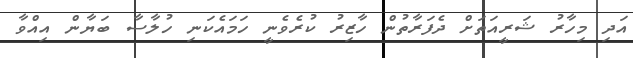
އަދި މިހާރު ޝަރީއަތަށްް ދެފަރާތުން ހާޒިރު ކުރެވެނީ ހަމައެކަނި ހުލާސާ ބަޔާން އިއްވާ